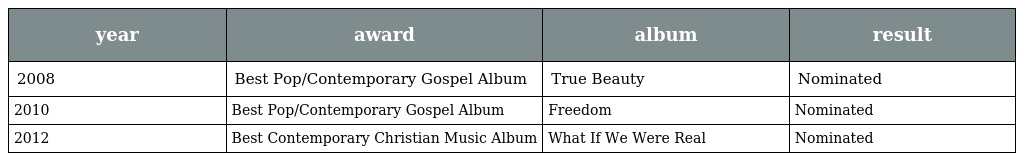
| year | award | album | result |
 | --- | --- | --- | --- |
 | 2008 | Best Pop/Contemporary Gospel Album | True Beauty | Nominated |
 | 2010 | Best Pop/Contemporary Gospel Album | Freedom | Nominated |
 | 2012 | Best Contemporary Christian Music Album | What If We Were Real | Nominated |